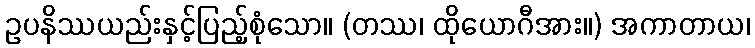
ဥပနိဿယည်းနှင့်ပြည့်စုံသော။ (တဿ၊ ထိုယောဂီအား။) အကာတာယ၊